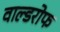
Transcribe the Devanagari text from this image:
वाल्डरोफ